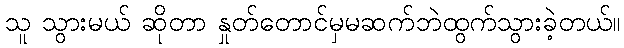
သူ သွားမယ် ဆိုတာ နှုတ်တောင်မှမဆက်ဘဲထွက်သွားခဲ့တယ်။